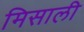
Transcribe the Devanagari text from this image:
मिसाली